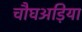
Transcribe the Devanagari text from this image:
चौघअड़िया